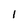
Character: 1